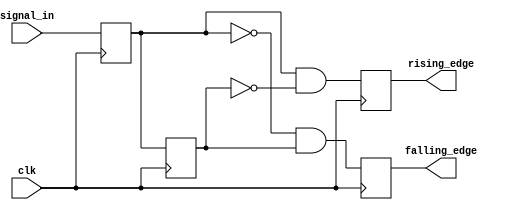
module differential_edge_detector (
    input wire clk,              // Clock signal
    input wire signal_in,        // Input signal to monitor for edges
    output reg rising_edge,      // Output signal for rising edge detection
    output reg falling_edge      // Output signal for falling edge detection
);

    reg previous_state;          // Register to hold the previous state of signal_in
    reg current_state;           // Register to hold the current state of signal_in

    // Sequential logic to detect edges on the rising edge of the clock
    always @(posedge clk) begin
        // Update current state with the input signal
        current_state <= signal_in;

        // Edge detection logic
        rising_edge <= (current_state == 1'b1 && previous_state == 1'b0);
        falling_edge <= (current_state == 1'b0 && previous_state == 1'b1);

        // Update previous state for the next clock cycle
        previous_state <= current_state;
    end

    // Initialize previous_state to avoid unknown states on the first clock cycle
    initial begin
        previous_state = 1'b0; // Assuming initial state is low
        rising_edge = 1'b0;
        falling_edge = 1'b0;
    end

endmodule